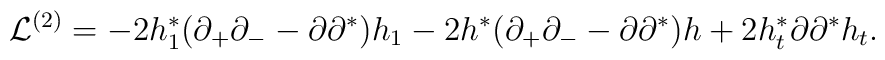
{\cal L}^{(2)} =- 2 h^*_1 (\partial_+ \partial_- - \partial \partial^* ) h_1 - 2 h^* (\partial_+ \partial_- - \partial \partial^* ) h + 2 h^*_t \partial \partial^*  h_t.